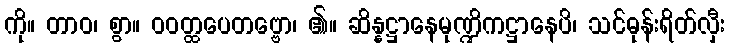
ကို။ တာဝ၊ စွာ။ ဝဝတ္ထပေတဗ္ဗော၊ ၏။ ဆိန္နဋ္ဌာနေမုဏ္ဍိကဋ္ဌာနေပိ၊ သင်ဓုန်းရိတ်လှီး